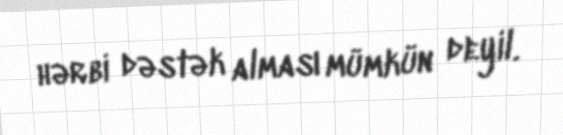
hərbi dəstək alması mümkün deyil.